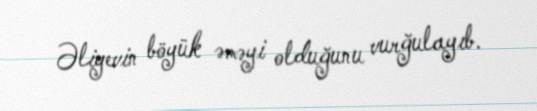
Əliyevin böyük əməyi olduğunu vurğulayıb.